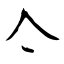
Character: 亽